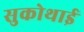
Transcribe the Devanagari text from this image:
सुकोथाई